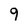
Character: 9